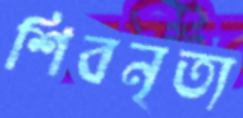
শিবনৃত্য